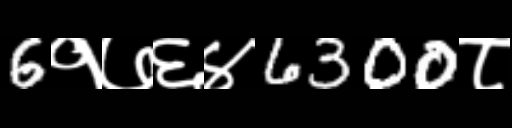
Text: 6१७६४6300८